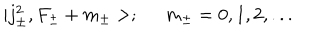
| j _ { \pm } ^ { 2 } , F _ { \pm } + m _ { \pm } > ; \; \; m _ { \pm } = 0 , 1 , 2 , . . .